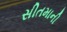
સીતમાની